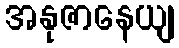
အနုဇာနေယျ